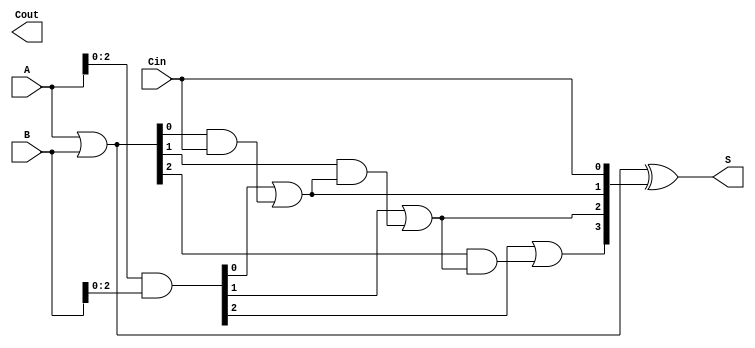
module CarryLookaheadAdder #(parameter n = 4) (
    input  [n-1:0] A,      // n-bit input A
    input  [n-1:0] B,      // n-bit input B
    input          Cin,     // Carry-in
    output [n-1:0] S,      // n-bit Sum output
    output         Cout     // Carry-out
);

    // Generate (G) and Propagate (P) signals
    wire [n-1:0] G; // Generate signals
    wire [n-1:0] P; // Propagate signals
    wire [n:0] C;   // Carry signals

    // Generate and Propagate logic
    assign G = A & B;          // Gi = Ai & Bi
    assign P = A | B;          // Pi = Ai | Bi

    // Carry signals
    assign C[0] = Cin;         // C0 = Cin

    genvar i;
    generate
        for (i = 0; i < n-1; i = i + 1) begin : carry_generation
            assign C[i+1] = G[i] | (P[i] & C[i]); // Carry generation
        end
    endgenerate

    // Sum calculation
    assign S = P ^ C[n-1:0]; // Si = Pi ^ Ci

    // Carry-out
    assign Cout = C[n]; // Cout = Cn

endmodule